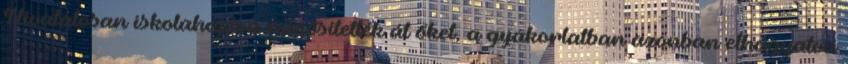
Hivatalosan iskolahajóvá minősítették át őket, a gyakorlatban azonban elhagyatva